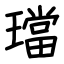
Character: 璫